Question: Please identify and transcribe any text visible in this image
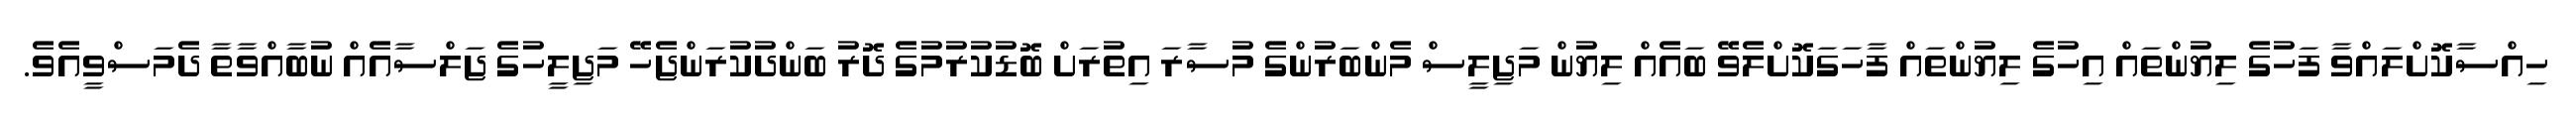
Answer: ހިއްސާކޮށްލައްވާ ފަހުގެ ލިޔުންތައް އިހުގެ ލިޔުންތައް ފާހަގަކޮށްލެވޭ ބައެއް ލިޔުން މަޖިލީސް މެންބަރުންގެ މުސާރަ އިތުރަށް ބޮޑުކުރުމުގެ ދޮރު ބަންދުކުރަންޖެހޭ މަޖިލީހުގެ ޖަލްސާއެއް ނުބާއްވާތާ ދެމަސްވީއެވެ.